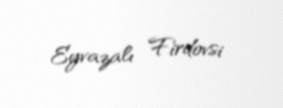
Eyvazalı Firdovsi